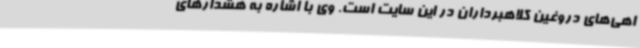
اهی‌های دروغین کلاهبرداران در این سایت است. وی با اشاره به هشدارهای